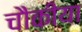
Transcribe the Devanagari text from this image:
चौकीया